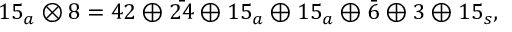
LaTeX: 1 5 _ { a } \otimes 8 = 4 2 \oplus \bar { 2 4 } \oplus 1 5 _ { a } \oplus 1 5 _ { a } \oplus \bar { 6 } \oplus 3 \oplus 1 5 _ { s } ,